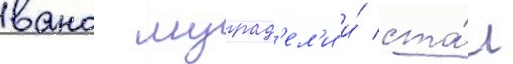
вано мурад'ел'и и́ ста́л